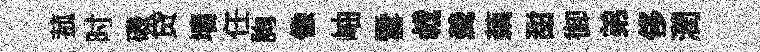
菰时磯贷墙任詢像岫雪㦸羮藕甜御弟侈潤